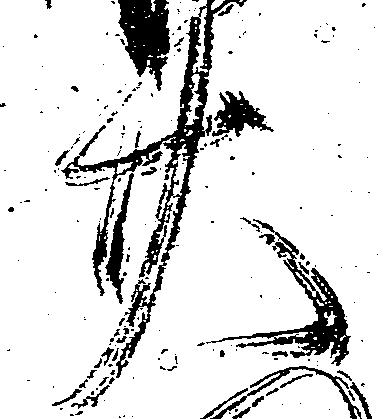
廿